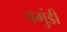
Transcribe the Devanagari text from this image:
चमुंडी